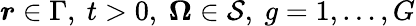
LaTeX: \boldsymbol{r}\in\Gamma,\ t>0,\ \boldsymbol{\Omega}\in\mathcal{S},\ g=1,\dots,G